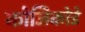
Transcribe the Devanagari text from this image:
कोजिकोडे